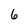
Character: 6